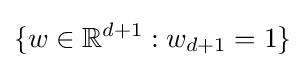
\{w\in \mathbb {R} ^{d+1}:w_{d+1}=1\}